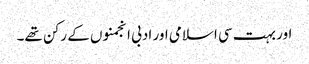
اور بہت سی اسلامی اور ادبی انجمنوں کے رکن تھے۔